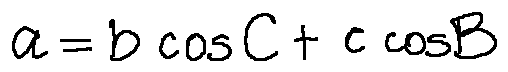
a = b \cos C + c \cos B